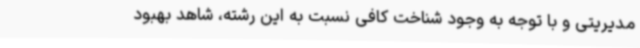
مدیریتی و با توجه به وجود شناخت کافی نسبت به این رشته، شاهد بهبود